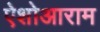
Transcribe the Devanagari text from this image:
ऐशोआराम